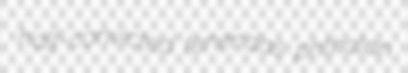
half-convicted tenendas phthalan